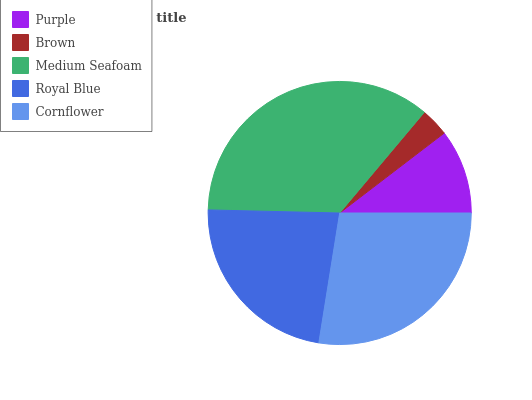
| Purple | Brown | Medium Seafoam | Royal Blue | Cornflower |
 | --- | --- | --- | --- | --- |
 | 10.4% | 3.48% | 35.8% | 22.9% | 27.5% |